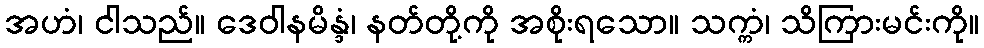
အဟံ၊ ငါသည်။ ဒေဝါနမိန္ဒံ၊ နတ်တို့ကို အစိုးရသော။ သက္ကံ၊ သိကြားမင်းကို။